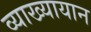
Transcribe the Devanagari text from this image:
व्याख्यायान